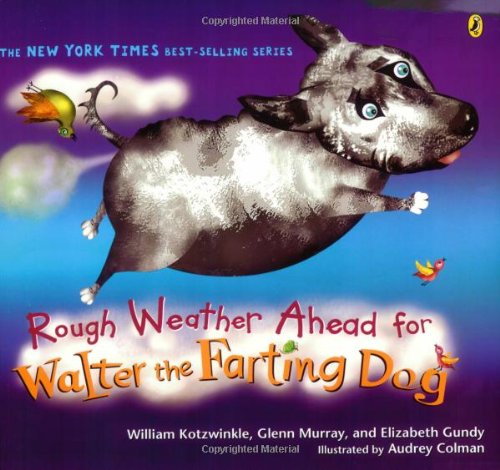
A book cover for Rough Weather Ahead for Walter the Farting Dog; William Kotzwinkle; Science & Math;